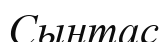
Сынтас